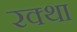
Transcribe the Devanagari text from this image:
रक्था